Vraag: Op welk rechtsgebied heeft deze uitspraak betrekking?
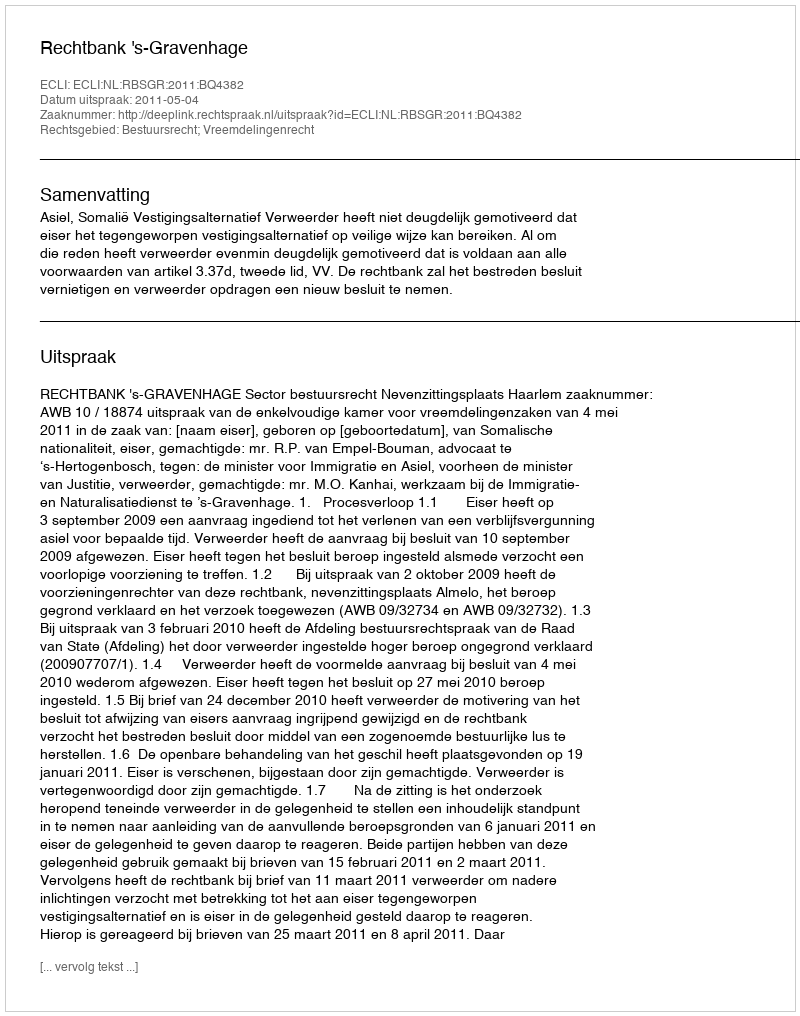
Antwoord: Bestuursrecht; Vreemdelingenrecht